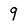
Character: 9